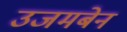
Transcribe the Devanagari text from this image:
उजमबेन